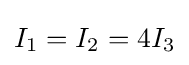
I_{1}=I_{2}=4I_{3}